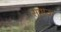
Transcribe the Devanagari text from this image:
सपाऊ